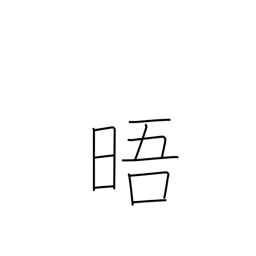
Meaning: clear